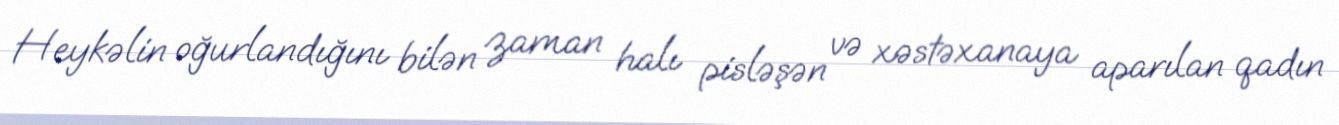
Heykəlin oğurlandığını bilən zaman halı pisləşən və xəstəxanaya aparılan qadın